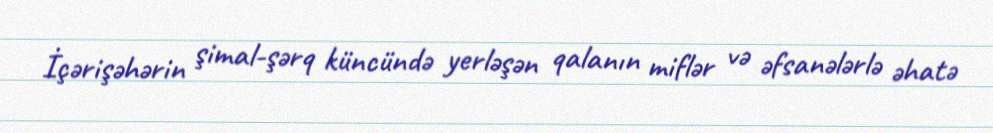
İçərişəhərin şimal-şərq küncündə yerləşən qalanın miflər və əfsanələrlə əhatə